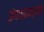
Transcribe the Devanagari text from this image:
इंफाळपर्यंत